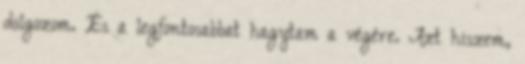
dolgozom. És a legfontosabbat hagytam a végére. Azt hiszem,